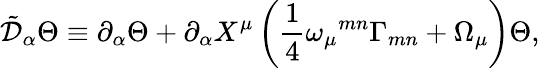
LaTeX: \tilde{{\cal D}}_{\alpha}\Theta\equiv\partial_{\alpha}\Theta+\partial_{\alpha}X^{\mu}\left({\frac{1}{4}}\omega_{\mu}{}^{mn}\Gamma_{mn}+\Omega_{\mu}\right)\Theta,